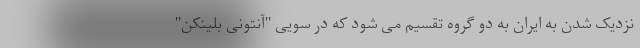
نزدیک شدن به ایران به دو گروه تقسیم می شود که در سویی "آنتونی بلینکن"